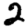
Digit: 2